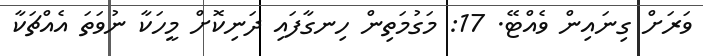
ވަރަށް ގިނައިން ވެއްޓޭ. 17: މަގުމަތިން ހިނގާފައި ދަނިކޮށް މީހަކާ ނުވަތަ އެއްޗަކާ